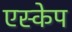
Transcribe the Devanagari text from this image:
एस्‍केप